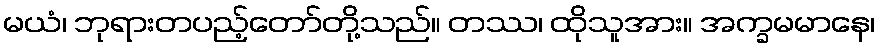
မယံ၊ ဘုရားတပည့်တော်တို့သည်။ တဿ၊ ထိုသူအား။ အက္ခမမာနေ၊